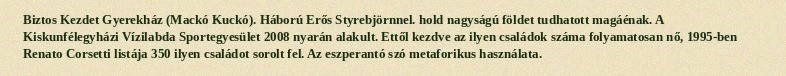
Biztos Kezdet Gyerekház (Mackó Kuckó). Háború Erős Styrebjörnnel. hold nagyságú földet tudhatott magáénak. A Kiskunfélegyházi Vízilabda Sportegyesület 2008 nyarán alakult. Ettől kezdve az ilyen családok száma folyamatosan nő, 1995-ben Renato Corsetti listája 350 ilyen családot sorolt fel. Az eszperantó szó metaforikus használata.